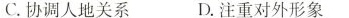
C.协调人地关系 D.注重对外形象